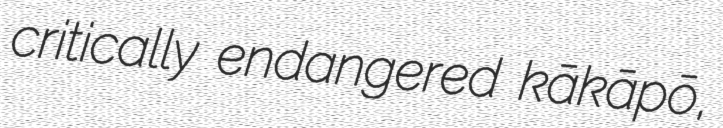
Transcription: critically endangered kākāpō,